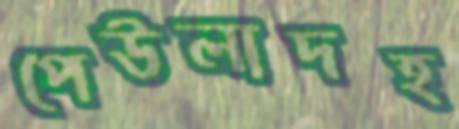
পেউলাদহ